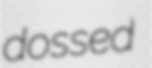
dossed